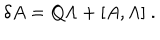
LaTeX: \delta A = Q \Lambda + [ A , \Lambda ] \ .